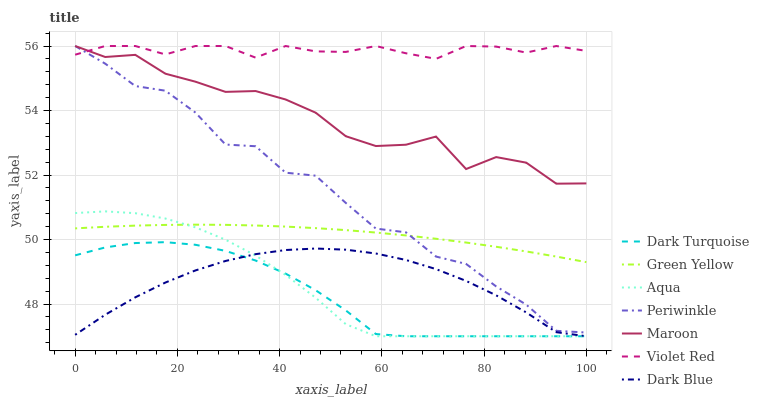
| xaxis_label | Dark Turquoise | Green Yellow | Aqua | Periwinkle | Maroon | Violet Red | Dark Blue |
 | --- | --- | --- | --- | --- | --- | --- | --- |
 | 0 | 49.5 | 50.3 | 50.8 | 56 | 56 | 55.7 | 47 |
 | 5.88 | 49.8 | 50.4 | 50.9 | 55.5 | 55.7 | 56 | 47.7 |
 | 11.8 | 49.9 | 50.4 | 50.8 | 54.8 | 55.7 | 56 | 48.2 |
 | 17.6 | 49.9 | 50.5 | 50.7 | 54.6 | 55.1 | 55.7 | 48.7 |
 | 23.5 | 49.8 | 50.5 | 50.4 | 53.9 | 54.9 | 56 | 49 |
 | 29.4 | 49.6 | 50.5 | 50 | 52.9 | 54.6 | 56 | 49.3 |
 | 35.3 | 49.3 | 50.4 | 49.5 | 52.9 | 54.6 | 55.6 | 49.5 |
 | 41.2 | 48.9 | 50.4 | 48.9 | 52.1 | 54.3 | 56 | 49.7 |
 | 47.1 | 48.4 | 50.4 | 48.2 | 52 | 53.9 | 55.8 | 49.7 |
 | 52.9 | 47.8 | 50.3 | 47.4 | 51.1 | 53.2 | 55.8 | 49.7 |
 | 58.8 | 47.1 | 50.2 | 47 | 50.3 | 52.9 | 56 | 49.6 |
 | 64.7 | 47 | 50.1 | 47 | 50.2 | 52.9 | 55.8 | 49.4 |
 | 70.6 | 47 | 50 | 47 | 49.5 | 53.2 | 55.6 | 49.1 |
 | 76.5 | 47 | 49.9 | 47 | 49.2 | 52.2 | 56 | 48.7 |
 | 82.4 | 47 | 49.8 | 47 | 48.5 | 52.6 | 56 | 48.3 |
 | 88.2 | 47 | 49.6 | 47 | 48 | 52.4 | 55.8 | 47.7 |
 | 94.1 | 47 | 49.5 | 47 | 47.2 | 51.7 | 56 | 47.1 |
 | 100 | 47 | 49.3 | 47 | 47.1 | 51.7 | 55.8 | 47 |